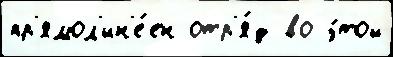
пр'ямол'ин'е́ен отр'я́д во э́той